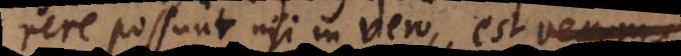
rere possunt nisi in vero, est verum.